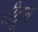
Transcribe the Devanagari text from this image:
रीदूत